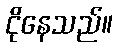
ငိုနေသည်။